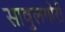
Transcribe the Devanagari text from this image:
सावुलगोरी